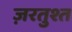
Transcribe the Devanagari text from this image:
ज़रतुश्त